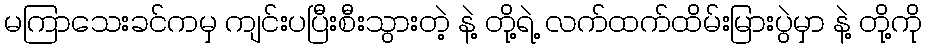
မကြာသေးခင်ကမှ ကျင်းပပြီးစီးသွားတဲ့ နဲ့ တို့ရဲ့ လက်ထက်ထိမ်းမြားပွဲမှာ နဲ့ တို့ကို